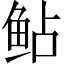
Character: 鲇